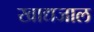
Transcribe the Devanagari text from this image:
खाद्यजाल